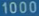
1000